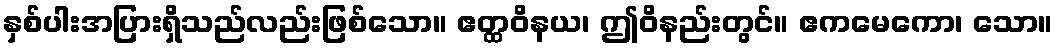
နှစ်ပါးအပြားရှိသည်လည်းဖြစ်သော။ ဧတ္ထဝိနယ၊ ဤဝိနည်းတွင်။ ဧကမေကော၊ သော။